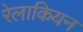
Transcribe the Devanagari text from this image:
रेलाकियन